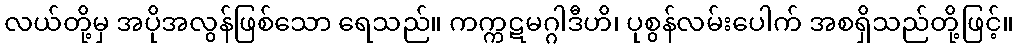
လယ်တို့မှ အပိုအလွန်ဖြစ်သော ရေသည်။ ကက္ကဋမဂ္ဂါဒီဟိ၊ ပုစွန်လမ်းပေါက် အစရှိသည်တို့ဖြင့်။